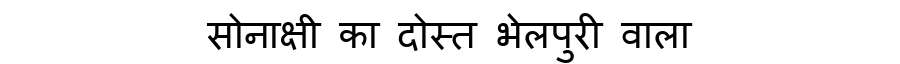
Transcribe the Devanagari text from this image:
सोनाक्षी का दोस्त भेलपुरी वाला